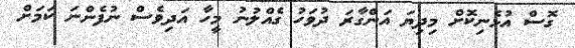
ގޮސް އުޅެނިކޮށް މިދިޔަ އަންގާރަ ދުވަހު ގެއްލުނު މީހާ އަދިވެސް ނުފެންނަ ކަމަށް